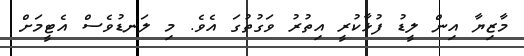
މާޒިޔާ އިން ލީޑު ފުޅާކުރީ އިތުރު ވަގުތުގަ އެވެ. މި ލަނޑުވެސް އެޓީމަށް